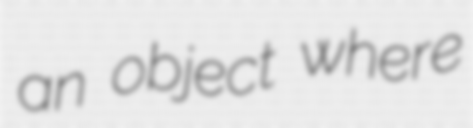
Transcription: an object where